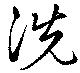
洗